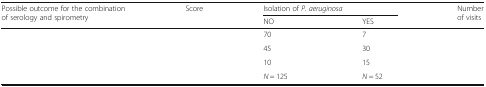
<table><thead><tr><td rowspan="2"><b>Possible outcome for the combination of serology and spirometry</b></td><td rowspan="2"><b>Score</b></td><td colspan="2"><b>Isolation of <i>P. aeruginosa</i></b></td><td rowspan="2"><b>Number of visits</b></td></tr><tr><td><b>NO</b></td><td><b>YES</b></td></tr></thead><tbody><tr><td>[EMPTY_CELL]</td><td>[EMPTY_CELL]</td><td>70</td><td>7</td><td>[EMPTY_CELL]</td></tr><tr><td>[EMPTY_CELL]</td><td>[EMPTY_CELL]</td><td>45</td><td>30</td><td>[EMPTY_CELL]</td></tr><tr><td>[EMPTY_CELL]</td><td>[EMPTY_CELL]</td><td>10</td><td>15</td><td>[EMPTY_CELL]</td></tr><tr><td>[EMPTY_CELL]</td><td>[EMPTY_CELL]</td><td><i>N</i> = 125</td><td><i>N</i> = 52</td><td>[EMPTY_CELL]</td></tr></tbody></table>